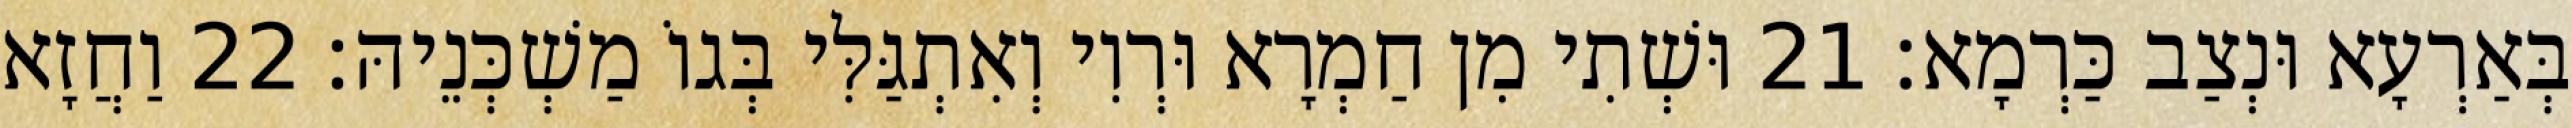
בְּאַרְעָא וּנְצַב כַּרְמָא׃ 21 וּשְׁתִי מִן חַמְרָא וּרְוִי וְאִתְגַּלִּי בְּגוֹ מַשְׁכְּנֵיהּ׃ 22 וַחֲזָא